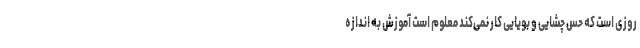
روزی است که حس چشایی و بویایی کار نمی‌کند معلوم است آموزش به اندازه